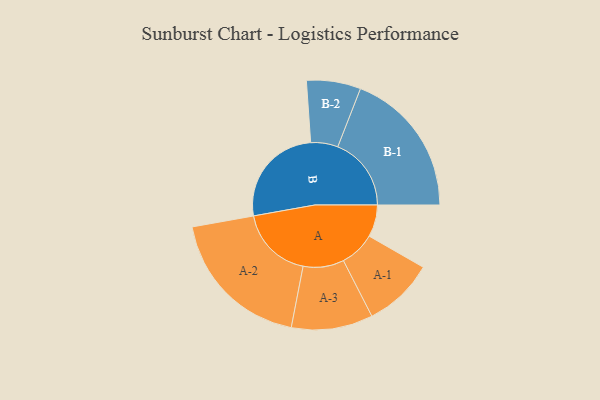
{"axis": {"x": "Segment", "y": "Value"}, "legend": ["", "A", "B"], "data": [{"x": "A", "y": 124, "type": ""}, {"x": "B", "y": 399, "type": ""}, {"x": "A-1", "y": 137, "type": "A"}, {"x": "A-2", "y": 286, "type": "A"}, {"x": "A-3", "y": 158, "type": "A"}, {"x": "B-1", "y": 285, "type": "B"}, {"x": "B-2", "y": 105, "type": "B"}]}